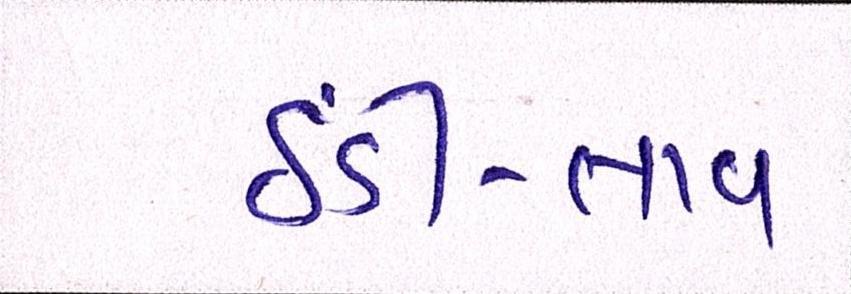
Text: ઠંડી-તાવ